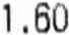
1.60